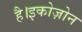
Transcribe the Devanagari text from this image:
है।इकोज़ोन